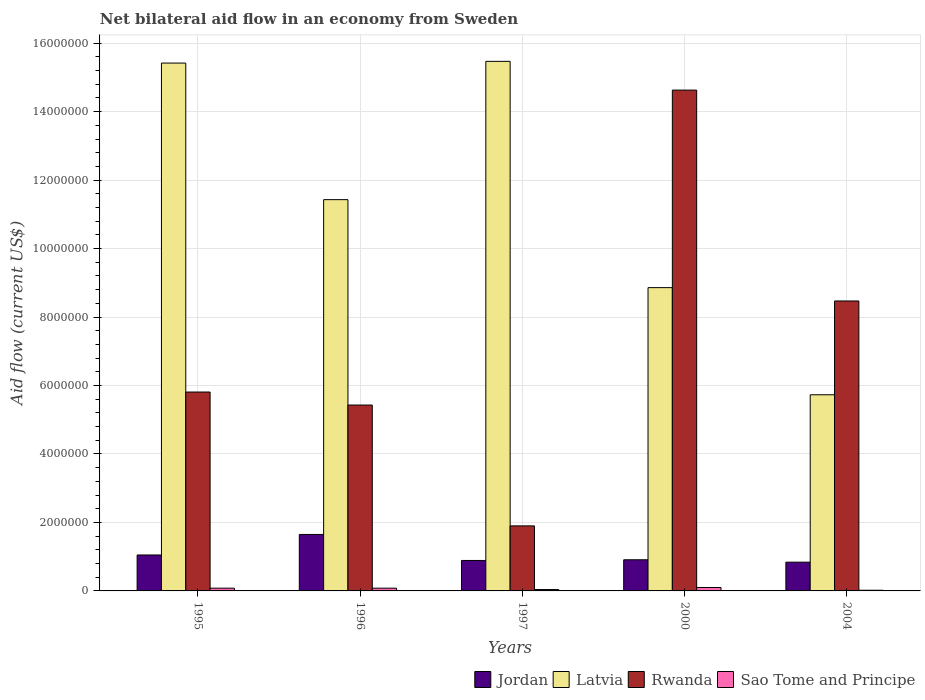
| Years | Jordan | Latvia | Rwanda | Sao Tome and Principe |
 | --- | --- | --- | --- | --- |
 | 1995 | 1.05e+06 | 1.54e+07 | 5.81e+06 | 8e+04 |
 | 1996 | 1.65e+06 | 1.14e+07 | 5.43e+06 | 8e+04 |
 | 1997 | 8.9e+05 | 1.55e+07 | 1.9e+06 | 4e+04 |
 | 2000 | 9.1e+05 | 8.86e+06 | 1.46e+07 | 1e+05 |
 | 2004 | 8.4e+05 | 5.73e+06 | 8.47e+06 | 2e+04 |